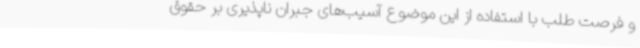
و فرصت طلب با استفاده از این موضوع آسیب‌های جبران ناپذیری بر حقوق